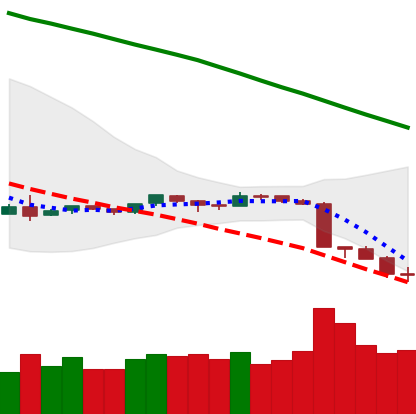
Ticker: ETH-USD
Chart end date: 2018-09-09
Forward return: 7.528%
Label: up_7plus